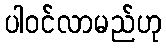
ပါဝင်လာမည်ဟု